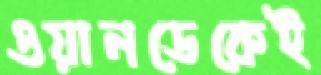
ওয়ানডেকেই